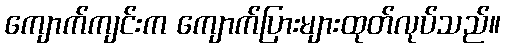
ကျောက်ကျင်းက ကျောက်ပြားများထုတ်လုပ်သည်။